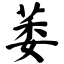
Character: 萎